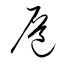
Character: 扈